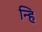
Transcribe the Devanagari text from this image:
न्हि